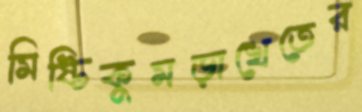
মিষ্টিকুমড়াখেতের